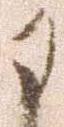
に